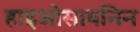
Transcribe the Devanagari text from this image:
हाइओसायनिन